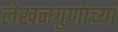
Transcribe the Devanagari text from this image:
लेखनगुणांच्या